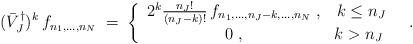
LaTeX: \begin{align*}(\bar{V}_J^\dagger)^k \, f_{n_1,\ldots,n_N} \;=\; \left\{ \begin{array}{cc} 2^k \frac{n_J!}{(n_J-k)!} \, f_{n_1,\ldots,n_J-k,\ldots,n_N} \;, & k \le n_J \\ 0 \;, & k > n_J \ \end{array} \right. \;\;.\end{align*}